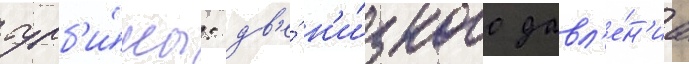
турб'и́ны: дв'е́ н'и́зкого давл'е́н'иа